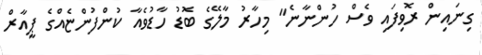
ގިނައިން ރޮވިފައި ވެސް ހުންނާނެ" މިހާރު މާލޭގެ ބޮޑު ހާޑުވެއާ ކުންފުންޏެއްގެ ޕީއާރް